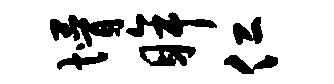
懵眸仁